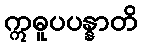
ဣဓူပပန္နာတိ